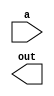
`timescale 1ns / 1ps
//////////////////////////////////////////////////////////////////////////////////
// Company: 
// Engineer: 
// 
// Design Name: 
// Module Name: convert_to_signed
// Project Name: 
// Target Devices: 
// Tool Versions: 
// Description: 
// 
// Dependencies: 
// 
// R4evision:
// Revision 0.01 - File Created
// Additional Comments:
// 
//////////////////////////////////////////////////////////////////////////////////


module convert_to_signed(input [3:0] a, output reg signed [4:0] out);
reg signed [4:0] temp;
always @(a, out, temp)
begin
temp = a;
temp = out;
end
endmodule